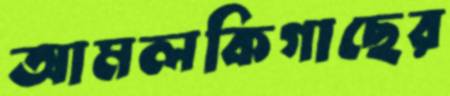
আমলকিগাছের